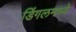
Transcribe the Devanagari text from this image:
डिंगलमध्ये